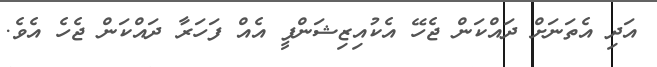
އަދި އެތަނަށް ދައްކަން ޖެހޭ އެކުއިޒިޝަންފީ އެއް ފަހަރާ ދައްކަން ޖެހެ އެވެ.